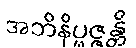
အဘိနိပ္ဖဇ္ဇန္တိ